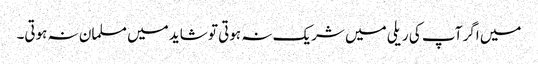
میں اگر آپ کی ریلی میں شریک نہ ہوتی تو شاید میں مسلمان نہ ہوتی۔